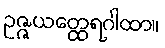
ဥဇ္ဇယတ္ထေရဂါထာ။